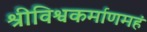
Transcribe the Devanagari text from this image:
श्रीविश्वकर्माणमहं